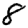
Digit: 8